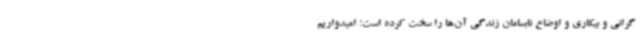
گرانی و بیکاری و اوضاع نابسامان زندگی آن‌ها را سخت کرده است؛ امیدواریم